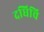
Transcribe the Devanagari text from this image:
दधिचि